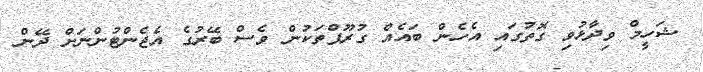
ޝަހީމް ވިދާޅުވި ގޮތުގައި އެހެން ބައެއް ގުރޫޕްތަކުން ވެސް ބޭރުގެ އެޖެންޓުންނަށް ދޭން